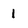
Character: 1